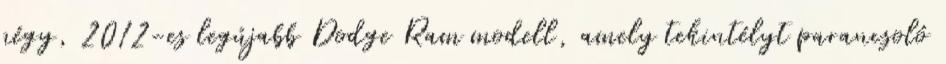
négy, 2012-es legújabb Dodge Ram modell, amely tekintélyt parancsoló